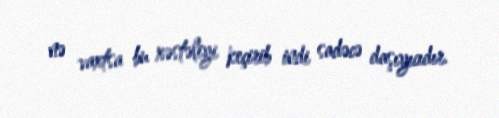
nə vaxtsa bu xəstəliyi keçirib indi sadəcə daşıyıcıdır.